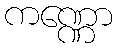
ကဏ္ဏော